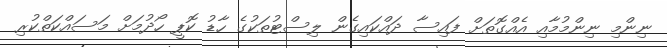
ނިންމި ނިންމުމާއި އެއްގޮތަށް ފައިސާ ދައްކައިގެން ލިސްޓުތަކުގެ ހާޑު ކޮޕީ ހޯދުމަށް މަސައްކަތްކުރި